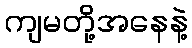
ကျမတို့အနေနဲ့